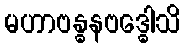
မဟာဗန္ဓနဗဒ္ဓေါသိ